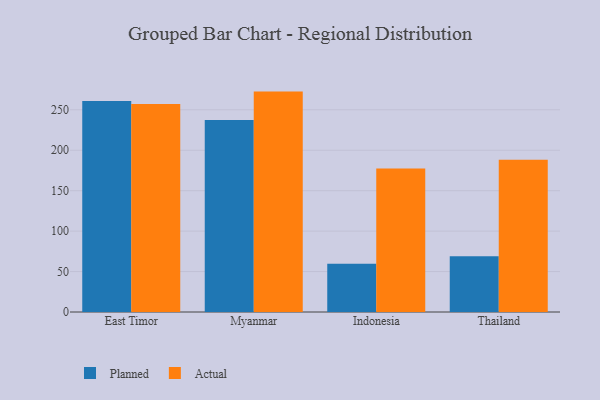
{"axis": {"x": "Country", "y": "Satisfaction Score"}, "legend": ["Actual", "Planned"], "data": [{"x": "East Timor", "y": 261.0, "type": "Planned"}, {"x": "East Timor", "y": 257.2, "type": "Actual"}, {"x": "Myanmar", "y": 237.4, "type": "Planned"}, {"x": "Myanmar", "y": 272.5, "type": "Actual"}, {"x": "Indonesia", "y": 59.8, "type": "Planned"}, {"x": "Indonesia", "y": 177.5, "type": "Actual"}, {"x": "Thailand", "y": 68.9, "type": "Planned"}, {"x": "Thailand", "y": 188.1, "type": "Actual"}]}